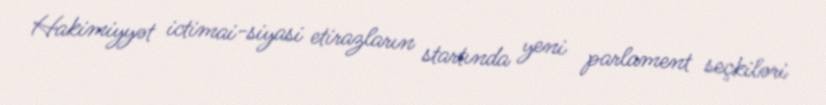
Hakimiyyət ictimai-siyasi etirazların startında yeni parlament seçkiləri